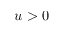
u > 0